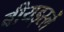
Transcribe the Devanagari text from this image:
बीयर्ड्स्ले